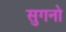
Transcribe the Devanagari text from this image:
सुगनो